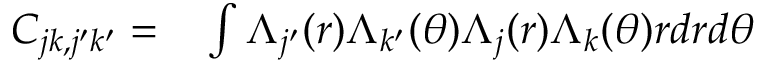
\begin{array} { r l } { C _ { j k , j ^ { \prime } k ^ { \prime } } = } & { { } \int \Lambda _ { j ^ { \prime } } ( r ) \Lambda _ { k ^ { \prime } } ( \theta ) \Lambda _ { j } ( r ) \Lambda _ { k } ( \theta ) r d r d \theta } \end{array}